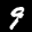
Label: 9